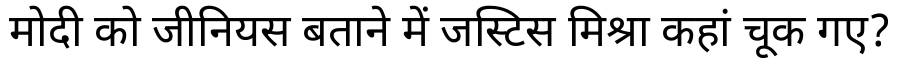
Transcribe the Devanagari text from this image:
मोदी को जीनियस बताने में जस्टिस मिश्रा कहां चूक गए?